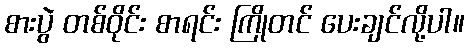
စားပွဲ တစ်ဝိုင်း စာရင်း ကြိုတင် ပေးချင်လို့ပါ။